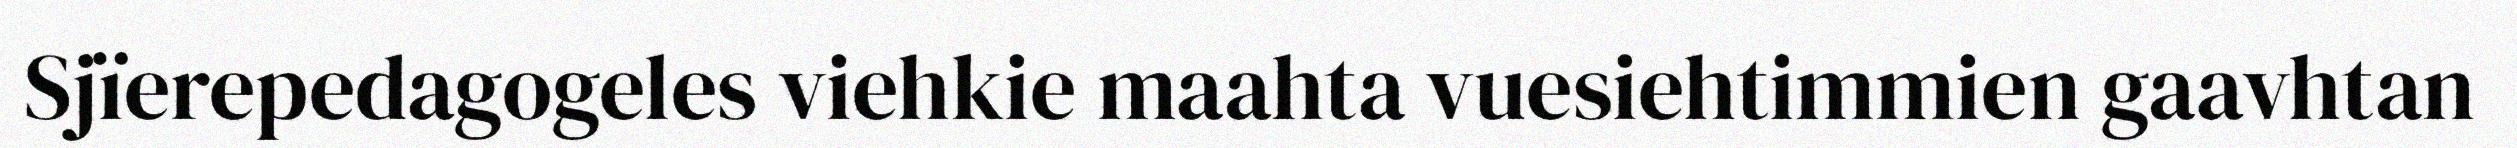
Sjïerepedagogeles viehkie maahta vuesiehtimmien gaavhtan